Some observations on the morphology and mechanism of the parts in the orthorrapha - Number 58
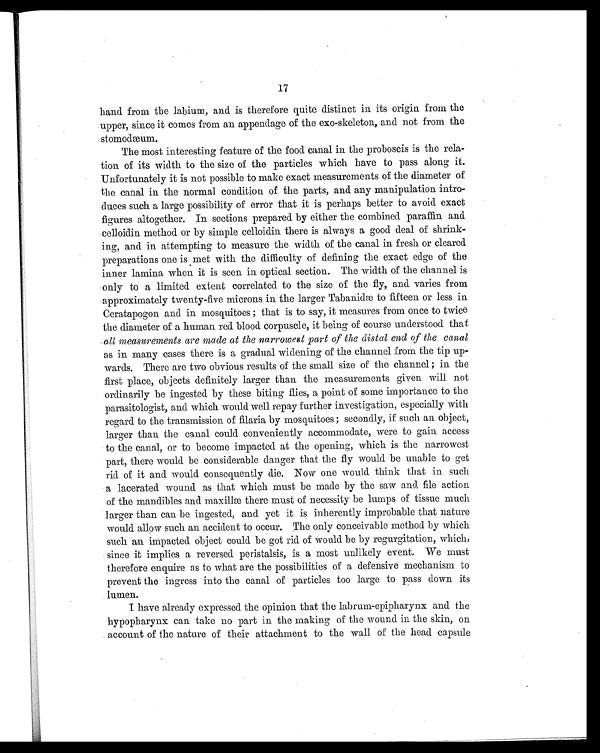
17
hand from the labium, and is therefore quite distinct in its origin from the
upper, since it comes from an appendage of the exo-skeleton, and not from the
stomodæum.
The most interesting feature of the food canal in the proboscis is the rela-
tion of its width to the size of the particles which have to pass along it.
Unfortunately it is not possible to make exact measurements of the diameter of
the canal in the normal condition of the parts, and any manipulation intro-
duces such a large possibility of error that it is perhaps better to avoid exact
figures altogether. In sections prepared by either the combined paraffin and
celloidin method or by simple celloidin there is always a good deal of shrink-
ing, and in attempting to measure the width of the canal in fresh or cleared
preparations one is met with the difficulty of defining the exact edge of the
inner lamina when it is seen in optical section. The width of the channel is
only to a limited extent correlated to the size of the fly, and varies from
approximately twenty-five microns in the larger Tabanidæ to fifteen or less in
Ceratapogon and in mosquitoes ; that is to say, it measures from once to twice
the diameter of a human red blood corpuscle, it being of course understood that
all measurements are made at the narrowest part of the distal end of the canal
as in many cases there is a gradual widening of the channel from the tip up-
wards. There are two obvious results of the small size of the channel ; in the
first place, objects definitely larger than the measurements given will not
ordinarily be ingested by these biting flies, a point of some importance to the
parasitologist, and which would well repay further investigation, especially with
regard to the transmission of filaria by mosquitoes ; secondly, if such an object,
larger than the canal could conveniently accommodate, were to gain access
to the canal, or to become impacted at the opening, which is the narrowest
part, there would be considerable danger that the fly would be unable to get
rid of it and would consequently die. Now one would think that in such
a lacerated wound as that which must be made by the saw and file action
of the mandibles and maxillæ there must of necessity be lumps of tissue much
larger than can be ingested, and yet it is inherently improbable that nature
would allow such an accident to occur. The only conceivable method by which
such an impacted object could be got rid of would be by regurgitation, which,
since it implies a reversed peristalsis, is a most unlikely event. We must
therefore enquire as to what are the possibilities of a defensive mechanism to
prevent the ingress into the canal of particles too large to pass down its
lumen.
I have already expressed the opinion that the labrum-epipharynx and the
hypopharynx can take no part in the making of the wound in the skin, on
account of the nature of their attachment to the wall of the head capsule